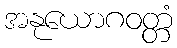
အနုယောဂဝတ္တံ